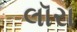
લૉરા